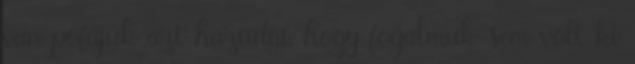
van pofájuk azt hazudni, hogy fogalmuk sem volt ki